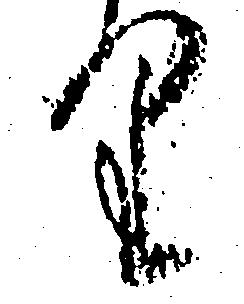
り